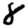
Digit: 8